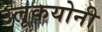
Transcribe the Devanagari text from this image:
उलूकयोनी